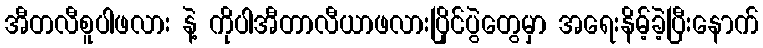
အီတလီစူပါဖလား နဲ့ ကိုပါအီတာလီယာဖလားပြိုင်ပွဲတွေမှာ အရေးနိမ့်ခဲ့ပြီးနောက်